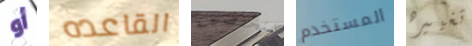
أو القاعده منخفضين المستخدم تغييره